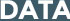
DATA